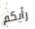
رأيكم